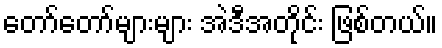
တော်တော်များများ အဲဒီအတိုင်း ဖြစ်တယ်။